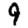
Digit: 9